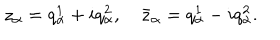
z _ { \alpha } = q _ { \alpha } ^ { 1 } + i q _ { \alpha } ^ { 2 } , \quad \bar { z } _ { \alpha } = q _ { \alpha } ^ { 1 } - i q _ { \alpha } ^ { 2 } .